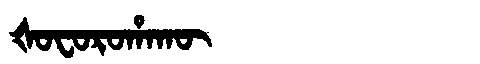
Manchu: ᡧᠣᠸᠣᡵᠣᡥᠠᡴᡡ
Romanization: ŠOFOROHAKŪ